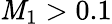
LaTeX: {\mathit{M}_{1}}>0.1